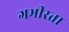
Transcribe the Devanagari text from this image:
गभीरता